Vaccine operations Central Provinces & Berar 1912-1920 - 1912-1920
Year: 1912
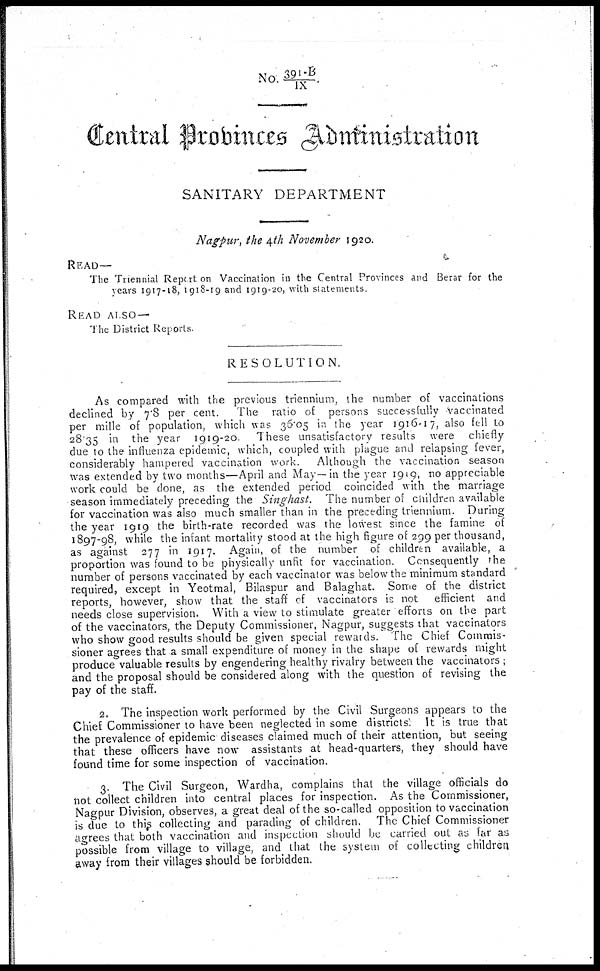
No. 391-B/ IX.
Central Probinces Administration
SANITARY DEPARTMENT
Nagpur, the 4th November 1920.
READ—
The Triennial Report on Vaccination in the Central Provinces and Berar for the
years 1917-18, 1918-19 and 1919-20, with statements.
READ ALSO—
The District Reports.
RESOLUTION.
As compared with the previous triennium, the number of vaccinations
declined by 7.8 per cent. The ratio of persons successfully Vaccinated
per mille of population, which was 36.05 in the year 1916-17, also fell to
28.35 in the year 1919-20
These unsatisfactory results were chiefly
due to the influenza epidemic, which, coupled with plague and relapsing fever,
considerably hampered vaccination work. Although the vaccination season
was extended by two months—April and May—in the year 1919, no appreciable
work could be done, as the extended period coincided with the marriage
season immediately preceding the Singhast. The number of children available
for vaccination was also much smaller than in the preceding triennium. During
the year 1919 the birth-rate recorded was the lowest since the famine of
1897-98, while the infant mortality stood at the high figure of 299 per thousand,
as against 277 in 1917. Again, of the number of children available, a
proportion was found to be physically unfit for vaccination. Consequently the
number of persons vaccinated by each vaccinator was below the minimum standard
required, except in Yeotmal, Bilaspur and Balaghat. Some of the district
reports, however, show that the staff of vaccinators is not efficient and
needs close supervision. With a view to stimulate greater efforts on the part
of the vaccinators, the Deputy Commissioner, Nagpur, suggests that vaccinators
who show good results should be given special rewards. The Chief Commis-
sioner agrees that a small expenditure of money in the shape of rewards might
produce valuable results by engendering healthy rivalry between the vaccinators ;
and the proposal should be considered along with the question of revising the
pay of the staff.
2. The inspection work performed by the Civil Surgeons appears to the
Chief Commissioner to have been neglected in some districts'. It is true that
the prevalence of epidemic diseases claimed much of their attention, but seeing
that these officers have now assistants at head-quarters, they should have
found time for some inspection of vaccination.
3. The Civil Surgeon, Wardha, complains that the village officials do
not collect children into central places for inspection. As the Commissioner,
Nagpur Division, observes, a great deal of the so-called opposition to vaccination
is due to this collecting and parading of children. The Chief Commissioner
agrees that both vaccination and inspection should be carried out as far as
possible from village to village, and that the system of collecting children
away from their villages should be forbidden.